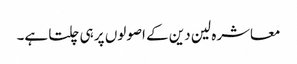
معاشرہ لین دین کے اصولوں پر ہی چلتا ہے۔